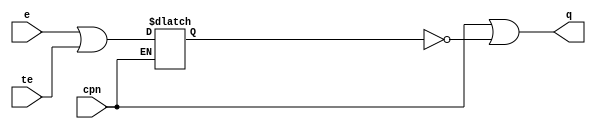
// This program was cloned from: https://github.com/intel/aib-phy-hardware
// License: Apache License 2.0

// SPDX-License-Identifier: Apache-2.0
// Copyright (C) 2019 Intel Corporation. All rights reserved
module c3aibadapt_cmn_clkgate_high
(
	input	wire		cpn,
	input	wire		e,
	input	wire		te,
	output	wire		q
);

	wire	clk;
	wire	clken;
	reg	latch_clken;

	assign clk = cpn;
	assign clken = e || te;

        always @(clk or clken)
        begin
		if (clk)
                begin
                        latch_clken <= clken;
                end
        end

	assign q = clk | ~latch_clken;

endmodule // c3aibadapt_cmn_clkgate_high